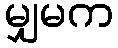
မျှမက